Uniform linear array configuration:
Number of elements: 12
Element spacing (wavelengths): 0.5
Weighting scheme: hann
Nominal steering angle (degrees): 15
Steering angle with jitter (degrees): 14.071
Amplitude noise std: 0.05
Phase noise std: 0.05

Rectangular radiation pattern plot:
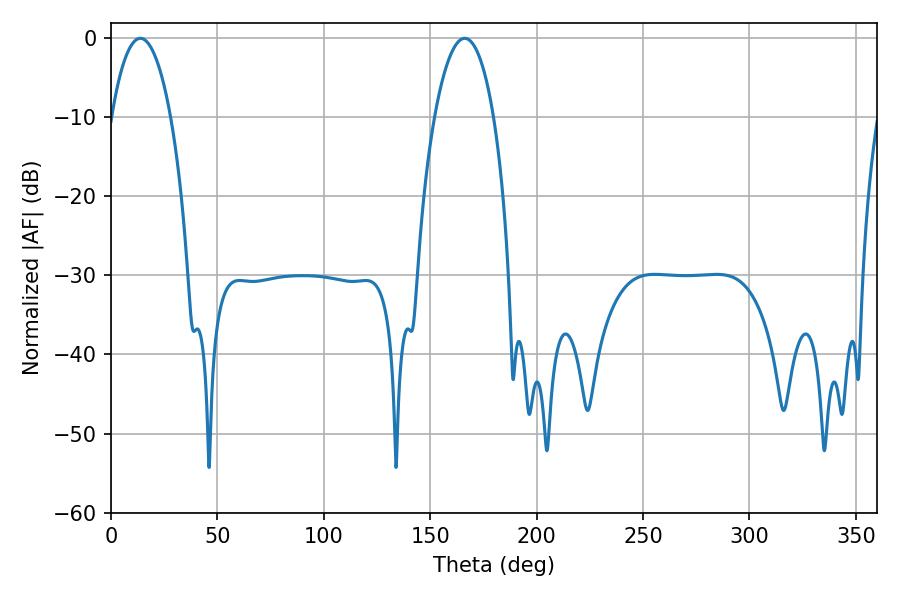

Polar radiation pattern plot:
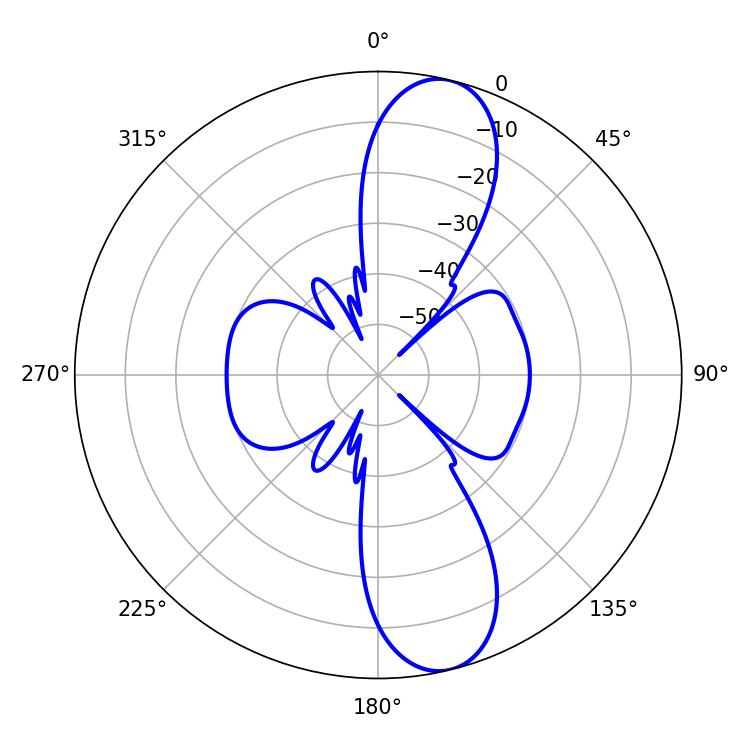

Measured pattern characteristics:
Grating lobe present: FALSE
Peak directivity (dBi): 11.606
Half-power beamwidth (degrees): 15.48
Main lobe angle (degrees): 166.14